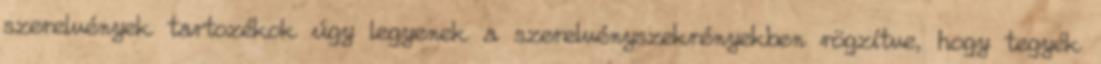
szerelvények tartozékok úgy legyenek a szerelvényszekrényekben rögzítve, hogy tegyék